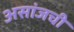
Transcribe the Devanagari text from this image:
असांजची